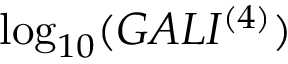
\log _ { 1 0 } ( G A L I ^ { ( 4 ) } )